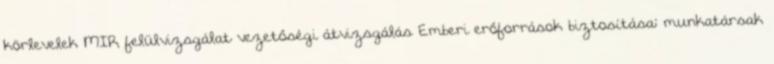
körlevelek MIR felülvizsgálat vezetőségi átvizsgálás Emberi erőforrások biztosítása: munkatársak